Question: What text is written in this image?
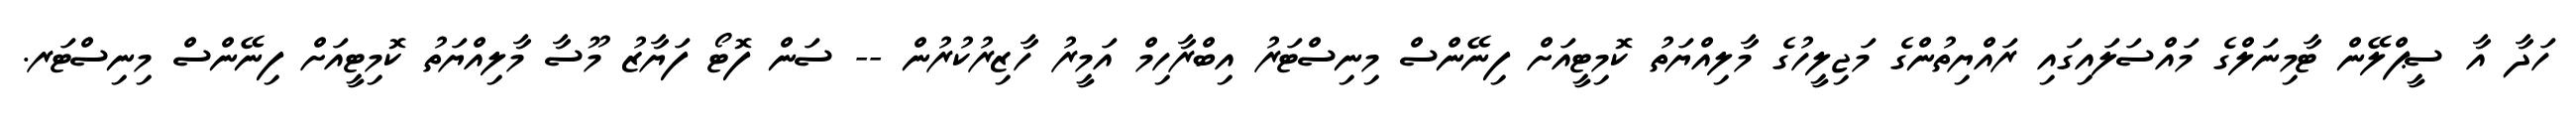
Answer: ހަދާ އާ ސީޕްލޭން ޓާމިނަލްގެ މައްސަލައިގައި ރައްޔިތުންގެ މަޖިލީހުގެ މާލިއްޔަތު ކޮމިޓީއަށް ފިނޭންސް މިނިސްޓަރު އިބްރާހިމް އަމީރު ހާޒިރުކުރުން -- ސަން ފޮޓޯ ފަޔާޒު މޫސާ މާލިއްޔަތު ކޮމިޓީއަށް ފިނޭންސް މިނިސްޓަރ.